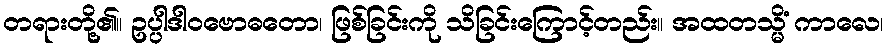
တရားတို့၏။ ဥပ္ပါဒါဝဗောဓတော၊ ဖြစ်ခြင်းကို သိခြင်းကြောင့်တည်း။ အထတသ္မိံ ကာလေ၊